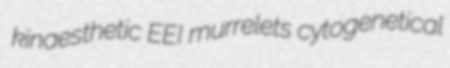
kinaesthetic EEI murrelets cytogenetical